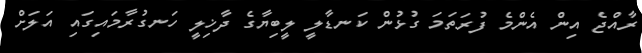
ރާއްޖެ އިން އެންމެ ފުރަތަމަ ގުޅުން ކަނޑާލީ ލީބިޔާގެ ދާޚިލީ ހަނގުރާމައިގައި އަަލަށް